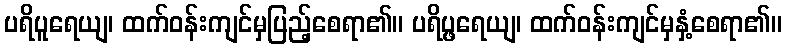
ပရိပူရေယျ၊ ထက်ဝန်းကျင်မှပြည့်စေရာ၏။ ပရိပ္ဖရေယျ၊ ထက်ဝန်းကျင်မှနှံ့စေရာ၏။